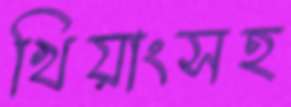
খিয়াংসহ